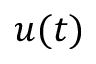
u ( t )